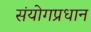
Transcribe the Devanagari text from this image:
संयोगप्रधान